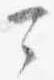
公